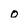
Character: o